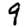
Digit: 9